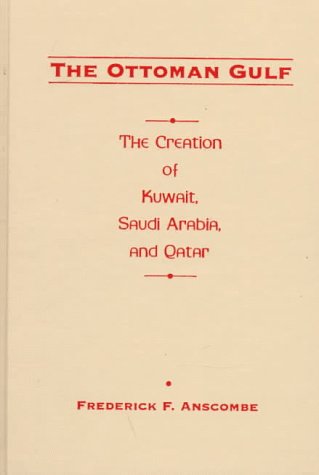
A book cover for The Ottoman Gulf; Frederick F. Anscombe; History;